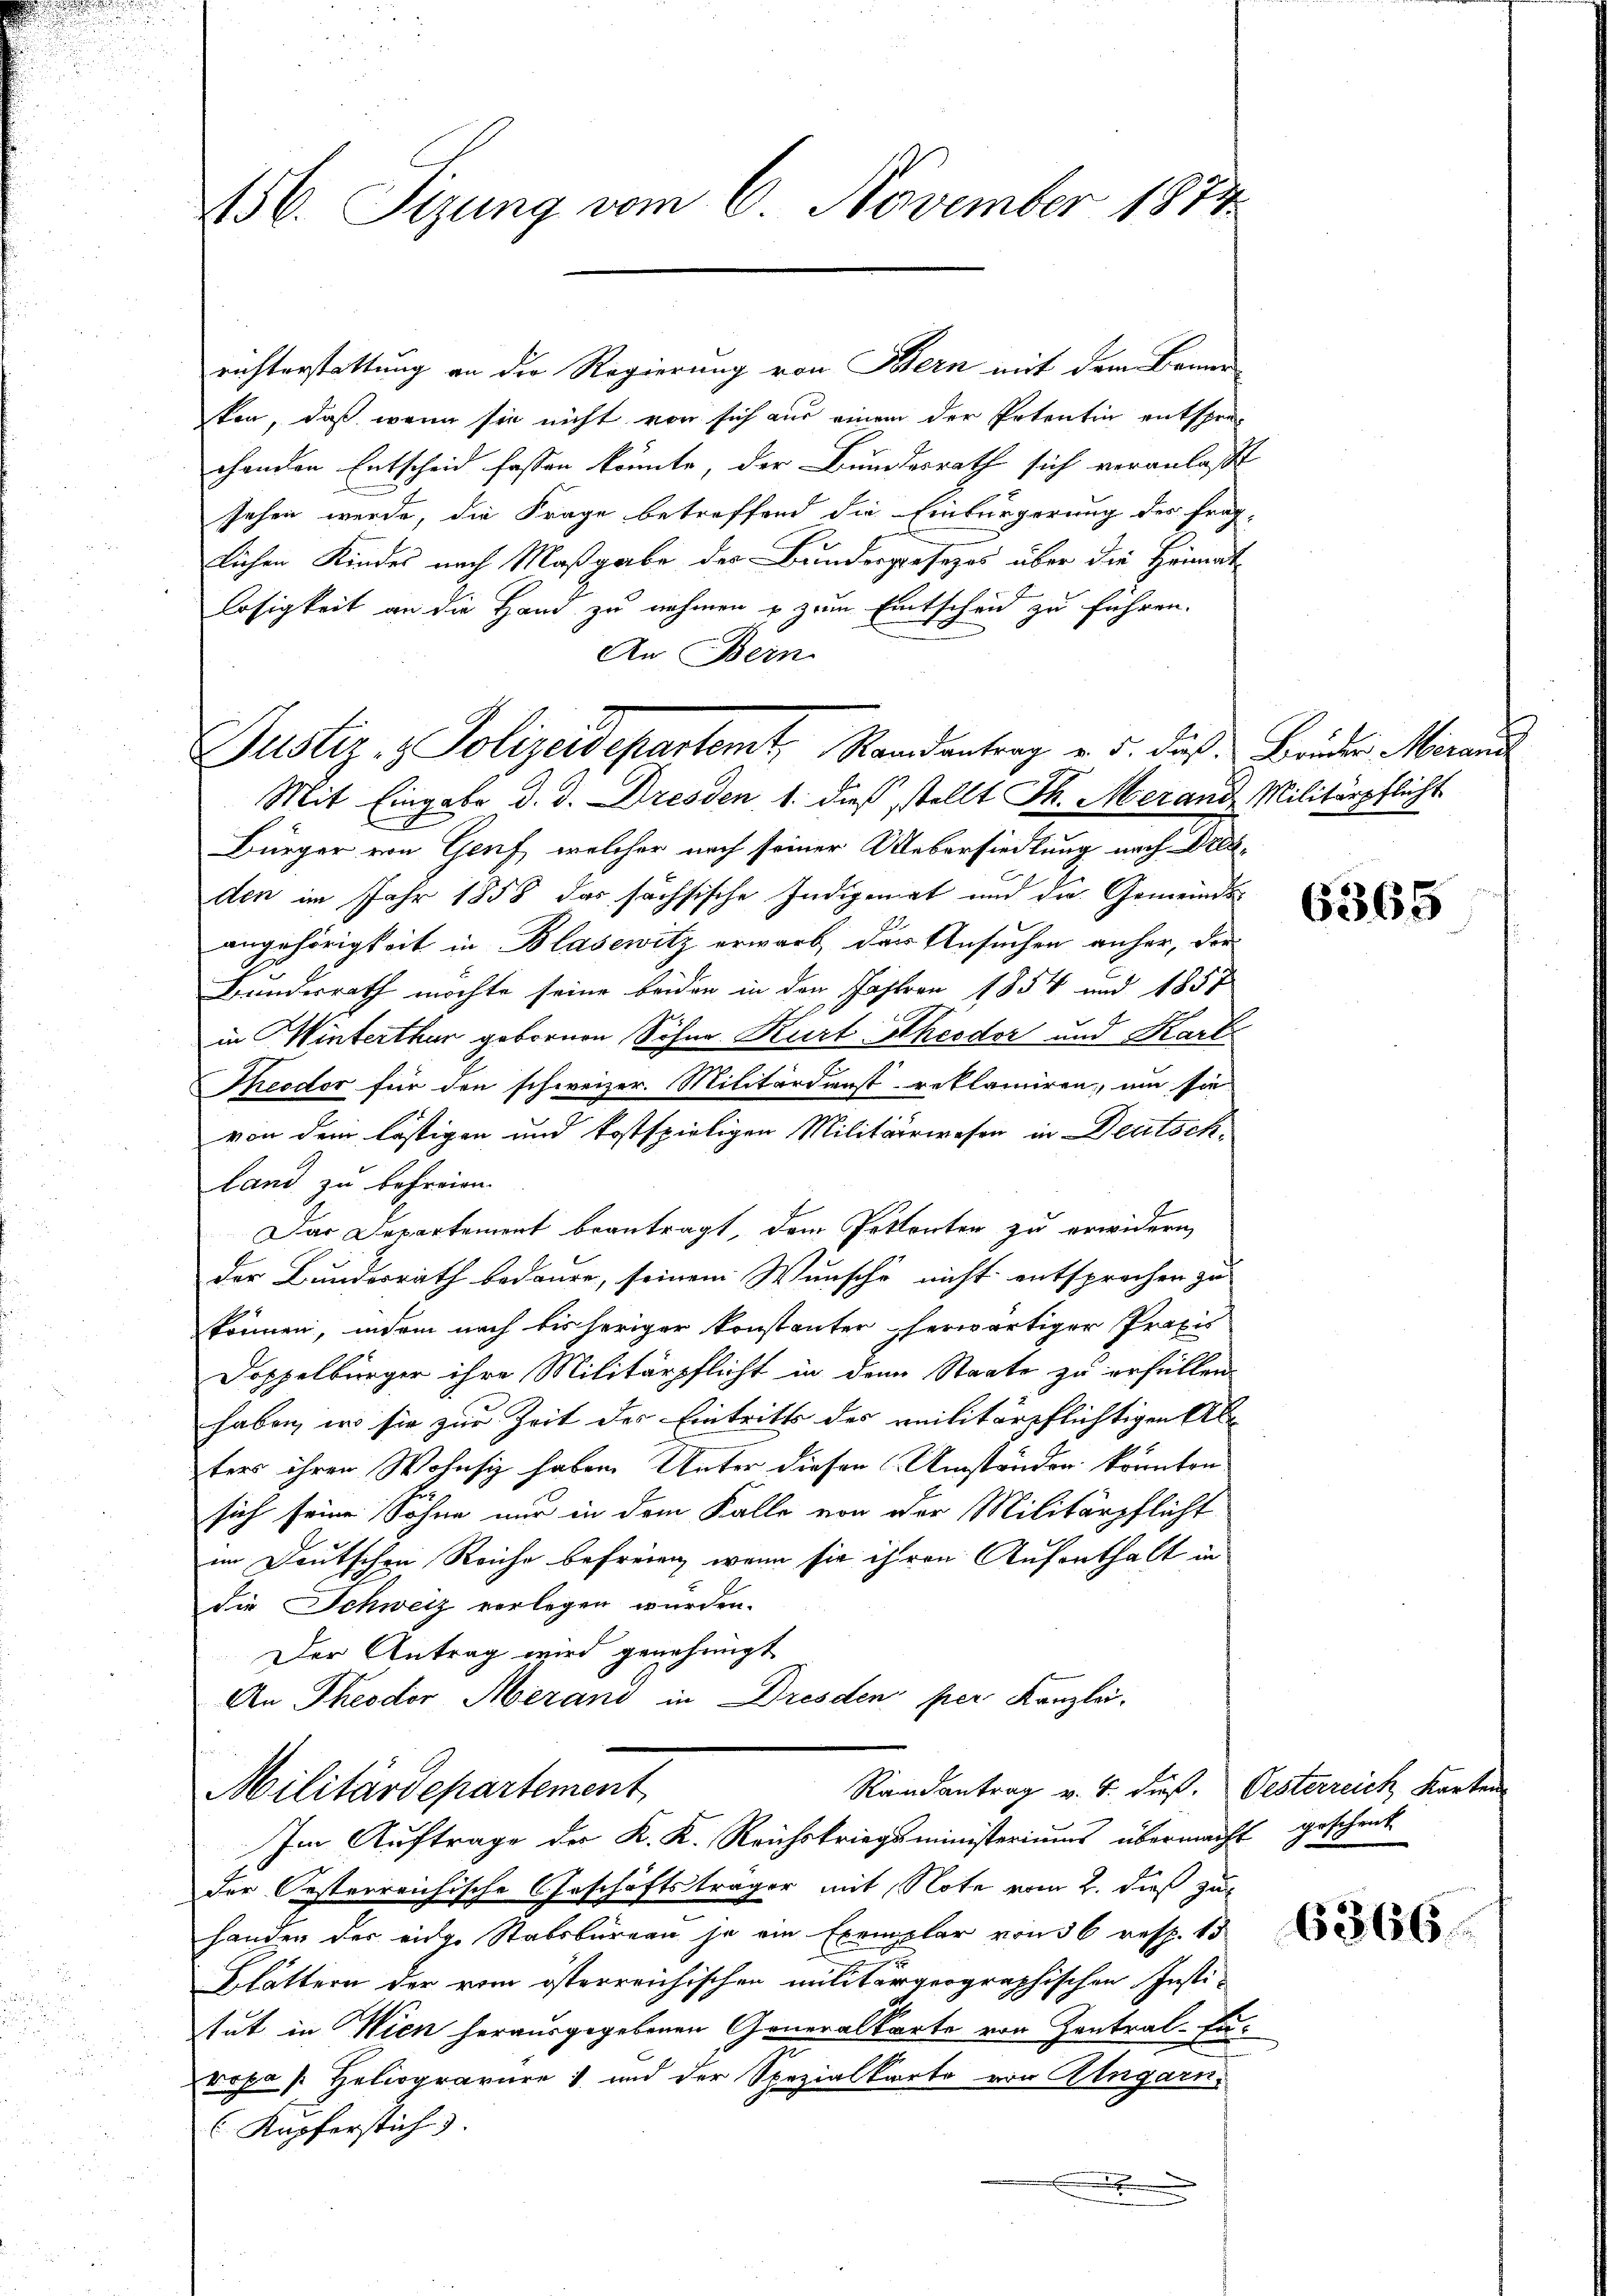
156. Sizung vom 6. November 1814.

richterstattung an der Regierung von Bern mit dem Baum
ten, daß wenn sie nicht von sich aus einem der Petentin entsprechenden Entscheid fassen könnte, der Bundesrath sich veranlaßt
sehen werde, die Frage betreffend die Einbürgerung des fraglichen Kindes nach Maßgabe der Bundesgesezes über die Heimat-
losigkeit an die Hand zu nehmen u zum Entscheid zu führen.
An Bein
Justiz- & Polizeidepartamt, Randantrag u. d. dieß Bruder Merans
Mit Eingabe d. d. Dresden, 1. dieß stellt Th. Merand, Militärpflicht
Bürger von Genf, welcher nach seiner Uebersiedlung nach Droden im Jahr 1858 das sachsische Indigemat und die Gemeinds-
angehörigkeit in Blasewitz erwarb, der Ansuchen anher, der
Handerrath möchte seine beiden in den Jahren 1854 und 1857
in Winterthur gebornen Sohne Kurt Theodor und Karte
Theodor für den schweizer. Militärdienstreklamiren, um sie
von dem lästigen und kostspieligen Militärwesen in Deutschland zu befreien.
Das Departement beantragt, dem Petenten zu erwidern,
der Bundesrath bedaure, seinem Wunsche nicht entsprochen zu
können, indem nach bis heriger konstanter herwärtiger Praxis
Doppelbürger ihre Militärpflicht in dem Staate zu erfüllen.
haben, wo sie zur Zeit des Eintritts des Militärpflichtigen Alters ihren Wohnsiz haben Unter diesen Umständen könnten
sich seine Söhne nur in dem Falle von der Militärpflicht
im Deutschen Reiche befreien, wenn sie ihren Aufenthalt in
die Schweiz vorlegen wurden.
Der Antrag wird genehmigt
An Theodor Merand in Dresden per Kanzlei-
Randantrag v. 4. Fuß. Oesterreich, Karten
Militärdepartement
Im Auftrage der K. K. Reichskriegsministeriums übermacht geschenk
der Oesterreichische Geschäftsträger mit Note vom 2. dieß zur
handen der eidg. Stabsbureau ja ein Exemplar von 36 resp. 15
Blättern der vom österreichischen militärgeographischen Insti-
tut in Wien herausgegebenen Generalkarte von Zentral-Europa [Heliogravure) und der Spezialkarte von Ungarn
Kupferstich).

6365

6366.